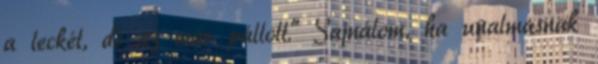
a leckét, de az már pállott." Sajnálom, ha unalmasnak